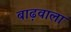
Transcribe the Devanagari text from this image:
बाढ़वाला